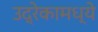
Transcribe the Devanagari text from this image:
उद्रेकामध्ये